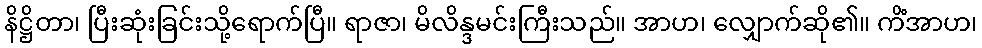
နိဋ္ဌိတာ၊ ပြီးဆုံးခြင်းသို့ရောက်ပြီ။ ရာဇာ၊ မိလိန္ဒမင်းကြီးသည်။ အာဟ၊ လျှောက်ဆို၏။ ကိံအာဟ၊